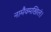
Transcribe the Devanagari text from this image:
नामैवमखिलं।